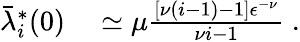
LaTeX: \begin{array}{rl}{\bar{\lambda}_{i}^{*}(0)}&{{}\simeq\mu\frac{[\nu(i-1)-1]\epsilon^{-\nu}}{\nu i-1}\; .}\end{array}